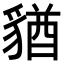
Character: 𧳫